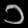
Digit: ၁